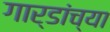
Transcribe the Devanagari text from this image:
गार्डांच्या